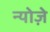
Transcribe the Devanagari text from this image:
न्योज़े